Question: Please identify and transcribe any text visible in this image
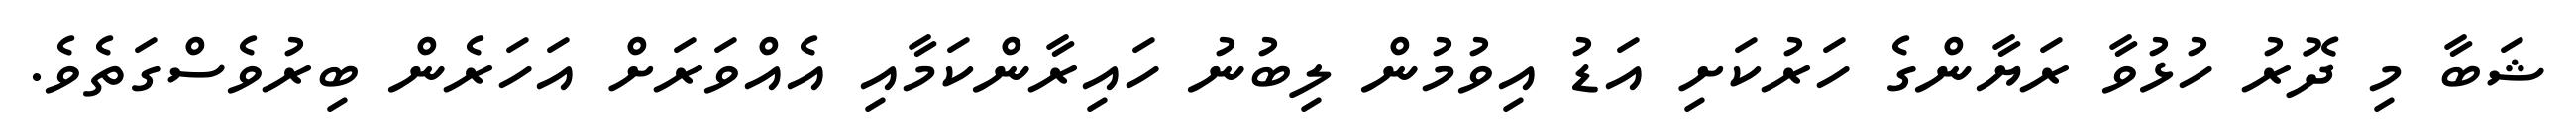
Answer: ޝަބާ މި ދޮރު ހުޅުވާ ރަޔާންގެ ހަރުކަށި އަޑު އިވުމުން ލިބުނު ހައިރާންކަމާއި އެއްވަރަށް އަހަރެން ބިރުވެސްގަތެވެ.